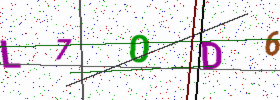
Text: L70D6